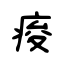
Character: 痠